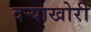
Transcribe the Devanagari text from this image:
दऱ्याखोरी